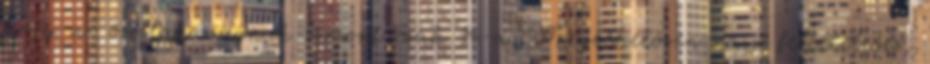
hogy az összlakosságnak viszont csak 1%-a. Meglehetősen naiv feltételezés,